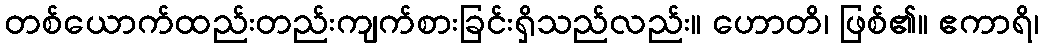
တစ်ယောက်ထည်းတည်းကျက်စားခြင်းရှိသည်လည်း။ ဟောတိ၊ ဖြစ်၏။ ဧကာရိ၊